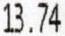
13.74